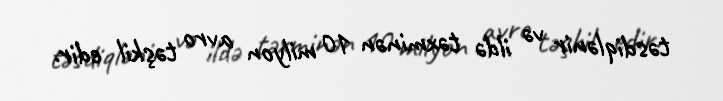
təsdiqlənir və ildə təxminən 10 milyon avro təşkil edir.